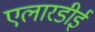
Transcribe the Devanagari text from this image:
एलारडीई